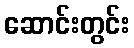
ဆောင်းတွင်း